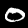
Label: 0